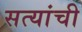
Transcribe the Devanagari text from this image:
सत्यांची